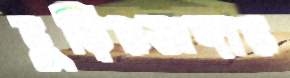
বুড়িরডাঙ্গার